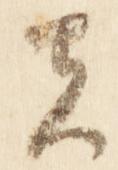
者